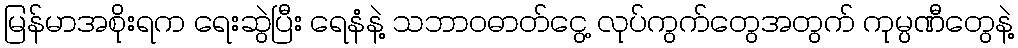
မြန်မာအစိုးရက ရေးဆွဲပြီး ရေနံနဲ့ သဘာဝဓာတ်ငွေ့ လုပ်ကွက်တွေအတွက် ကုမ္ပဏီတွေနဲ့